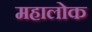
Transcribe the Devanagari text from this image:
महालोक